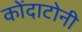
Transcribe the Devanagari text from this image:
कोंदाटोनी